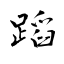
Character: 蹈